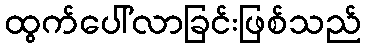
ထွက်ပေါ်လာခြင်းဖြစ်သည်